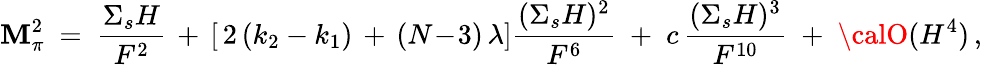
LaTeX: \mathbf{M}_{\pi}^{2}\ =\ \frac{{{\Sigma}_{s}H}}{{F^{2}}}\, +\, [\, 2\, (k_{2}-k_{1})\, +\, (N\! -\! 3)\, \lambda]\frac{{({\Sigma}_{s}H)^{2}}}{{F^{6}}}\; +\; c\, \frac{{({\Sigma}_{s}H)^{3}}}{{F^{10}}}\; +\; {\calO}(H^{4})\, ,